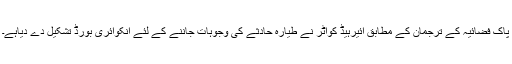
پاک فضائیہ کے ترجمان کے مطابق ائیرہیڈ کواٹر نے طیارہ حادثے کی وجوہات جاننے کے لئے انکوائری بورڈ تشکیل دے دیاہے۔